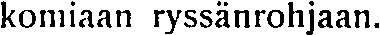
komiaan ryssänrohjaan.